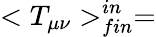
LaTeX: <T_{\mu\nu}>_{fin}^{in}=